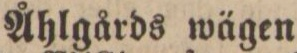
Åhlgårds wägen